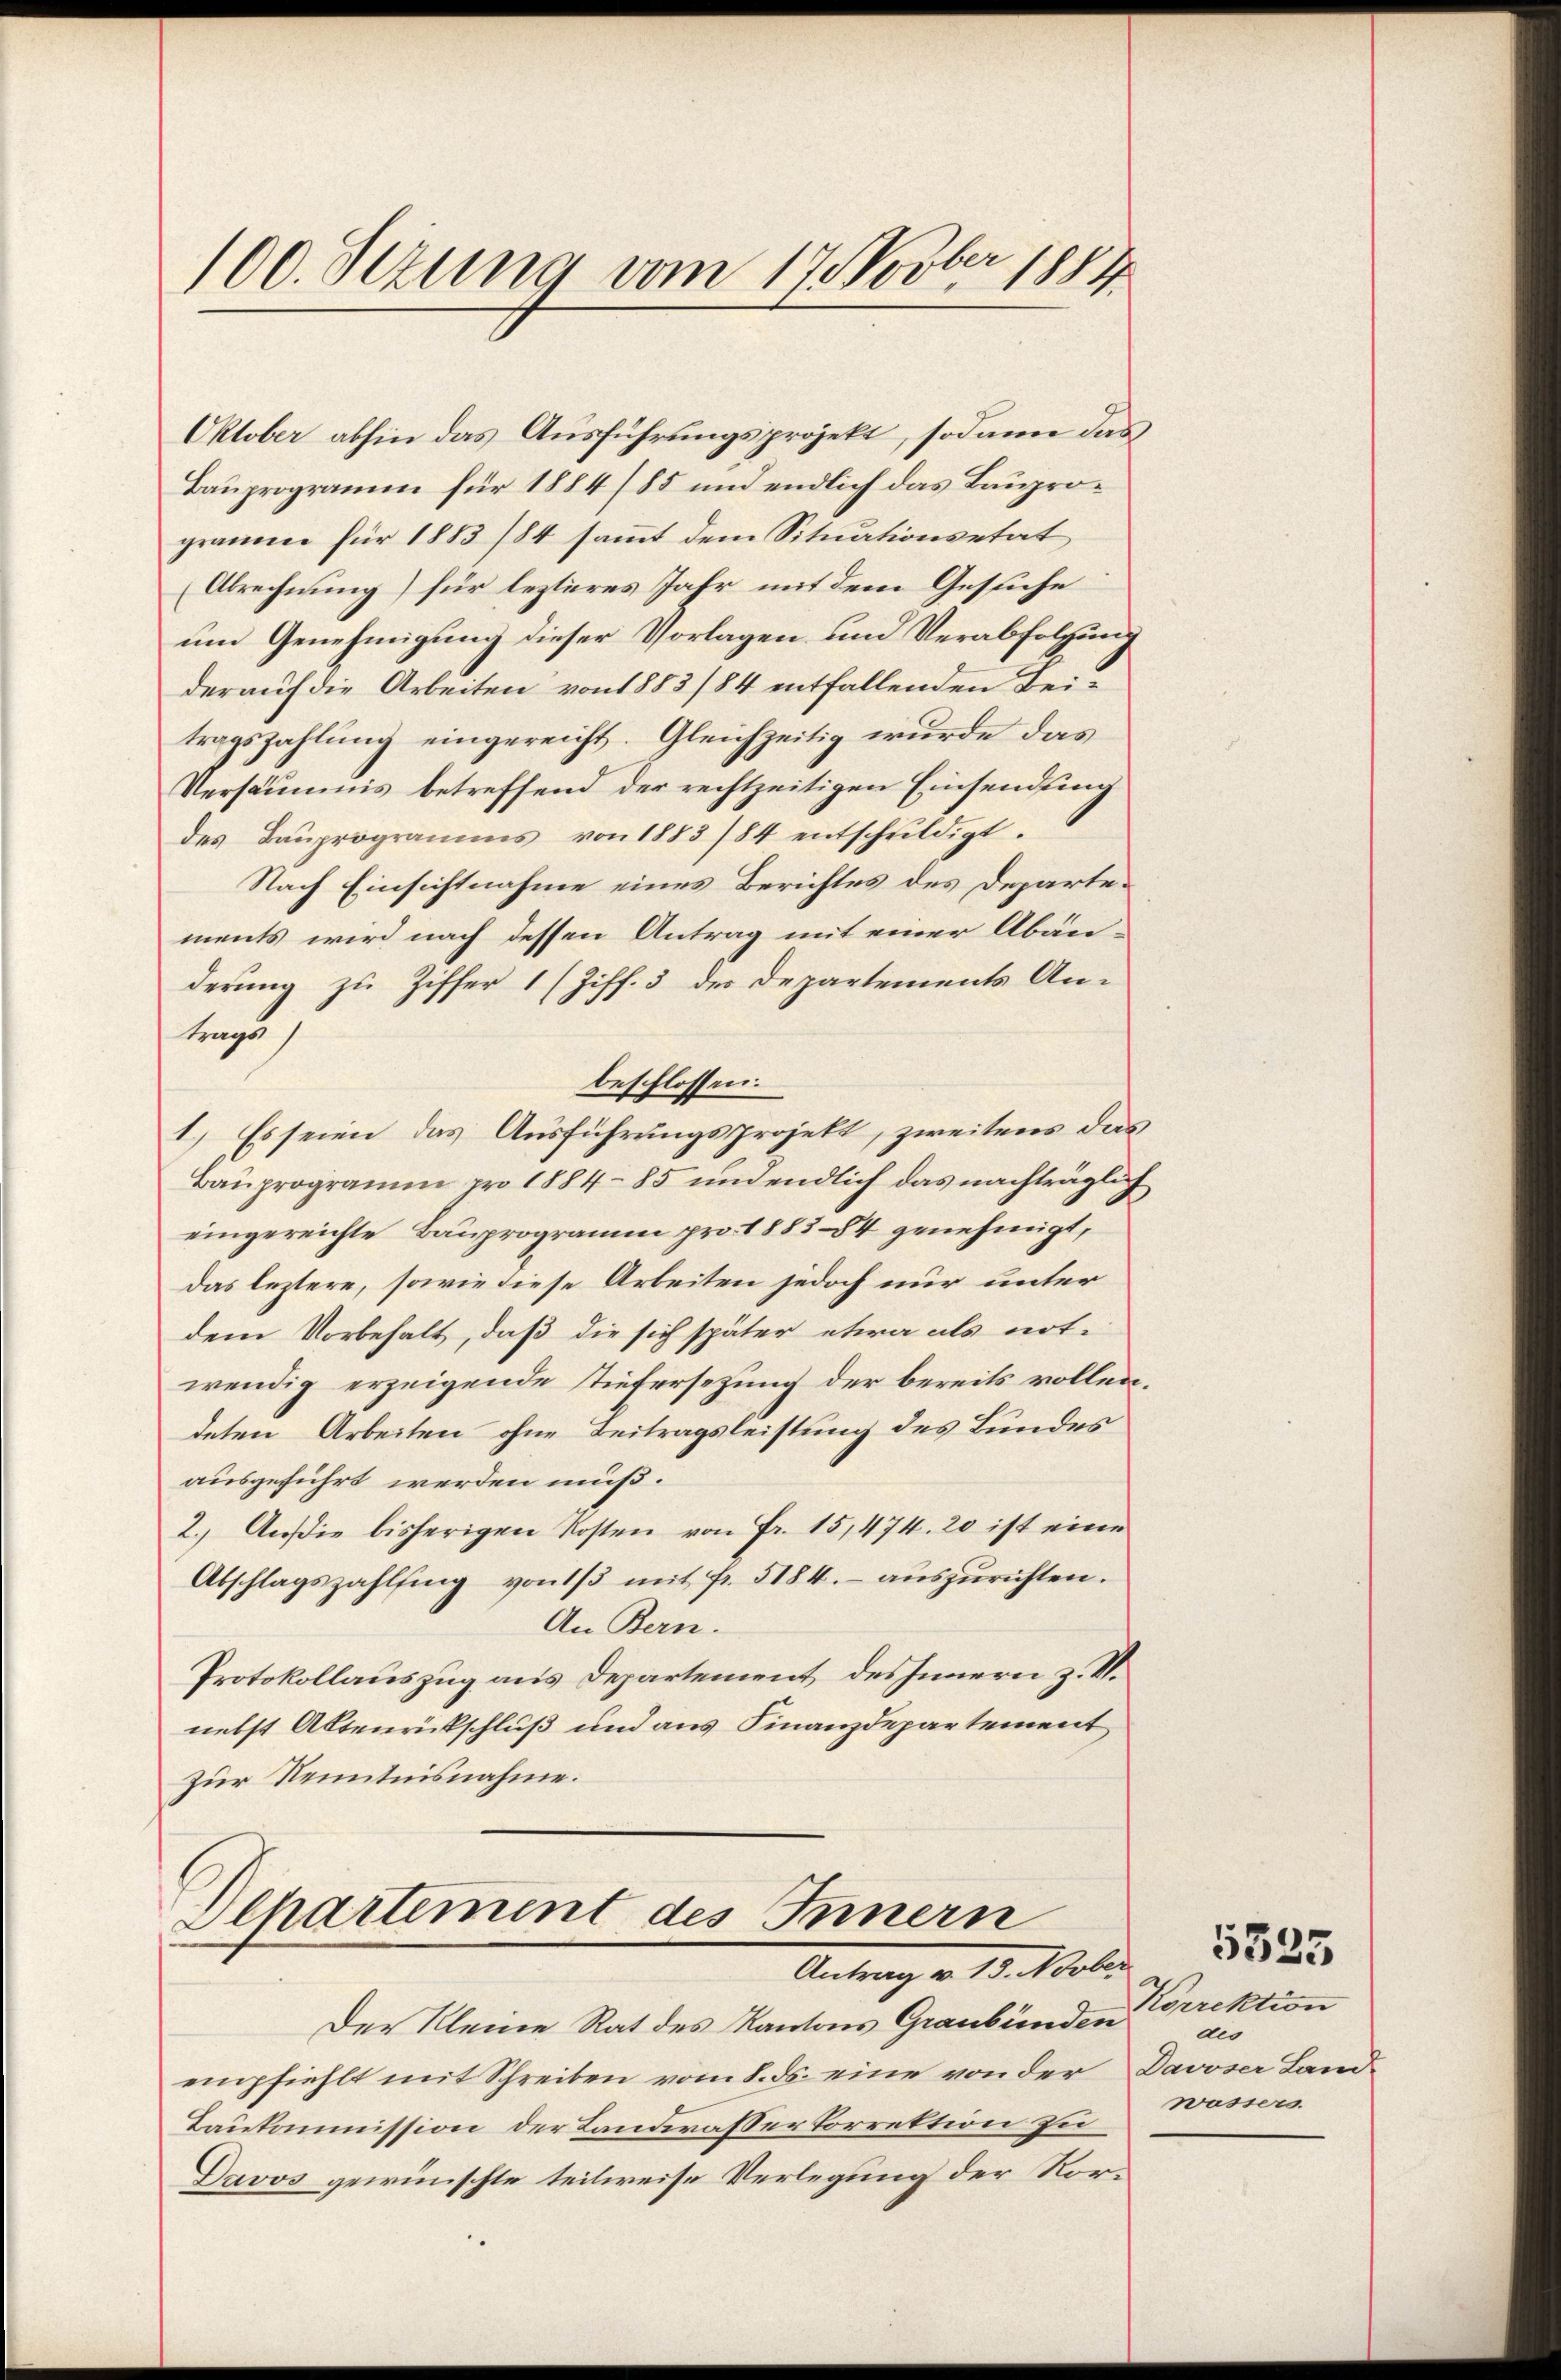
100. Setzung vom 17. Novber 1884

Oktober abhin das Ausführungsprojekt, sodann das
Bauprogramm für 1884/85 und endlich das Bauprogramme für 1883/84 saṁt dem Situationsetat
Abrechnung) für lezteres Jahr mit dem Gesuche
um Genehmigung dieser Vorlagen und Verabfolgung
derauf die Arbeiten von 1883/84 entfallenden Beitragszahlung eingereicht. Gleichzeitig wurde das
Versäumnis betreffend der rechtzeitigen Einsendung
des Baŭprogramms von 1883/84 entschŭldigt.
Nach Einsichtnahme eines Berichtes des Departements wird nach dessen Antrag mit einer Abänderung zu Ziffer 1 (Ziff. 3 der Departements An-
trags
beschlossen.
1.) Es seien das Ausführungsprojekt, zweitens das
Bauprogramm pro 1884 - 85 und endlich das nachträglich
eingereichte Bauprogramm pro 1883 84 genehmigt,
das leztere, sowie diese Arbeiten jedoch nur unter
dem Vorbehalt, daß die sich später etwa als notwendig erzeigende Tiefersezung der bereits vollen
deten Arbeiten ohne Beitragsleistung des Bundes
ausgeführt werden muß.
2.) Ausie bisherigen Kosten von Fr. 15,474. 20 ist eine
Abschlagszahlfing von 1/3 mit Fr. 5184.- aŭszŭrichten.
An Bern.
Protokollauszug aus Departement des Innern z. V.
nebst Altenrückschluß und aus Finanzdepartement
zur Kenntnisnahme.

Departement des Innern
Antrag v. 18. Maler

Der Kleine Rat des Kantons Graubünden
empfiehlt mit Schreiben vom 8. ds. eine von der Davoser Land¬
Baukommission der Landwassertorrektion zu
Davos gewünschte teilweise Verlegung der Ror¬

Korrektion
dio
wassers.

5335